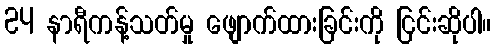
24 နာရီကန့်သတ်မှု ဖျောက်ထားခြင်းကို ငြင်းဆိုပါ။